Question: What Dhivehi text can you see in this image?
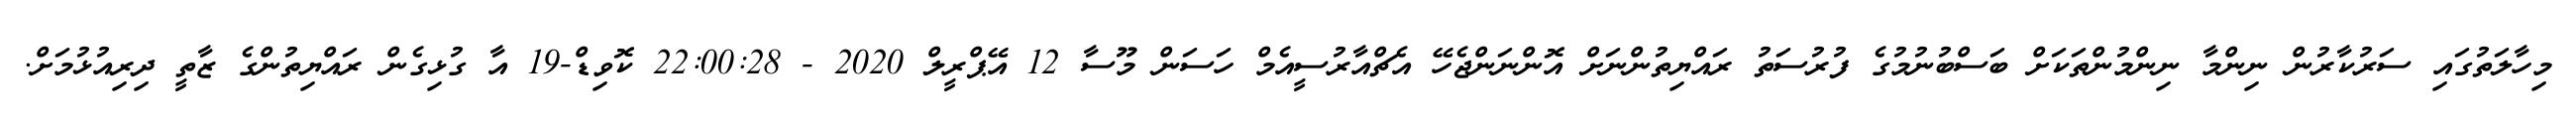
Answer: މިހާލަތުގައި ސަރުކާރުން ނިންމާ ނިންމުންތަކަށް ބަސްބުނުމުގެ ފުރުސަތު ރައްޔިތުންނަށް އޮންނަންޖެހޭ އެޗްއާރުސީއެމް ހަސަން މޫސާ 12 އޭޕްރީލް 2020 - 22:00:28 ކޮވިޑް-19 އާ ގުޅިގެން ރައްޔިތުންގެ ޒާތީ ދިރިއުޅުމަށް.